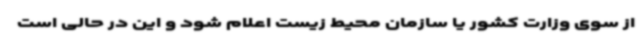
از سوی وزارت کشور یا سازمان محیط زیست اعلام شود و این در حالی است